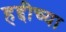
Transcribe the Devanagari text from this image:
हद्दीच्या